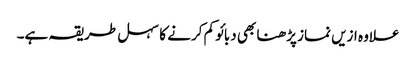
علاوہ ازیں نماز پڑھنا بھی دبائو کم کرنے کا سہل طریقہ ہے۔